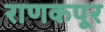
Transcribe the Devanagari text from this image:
राणकपूर